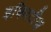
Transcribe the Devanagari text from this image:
इक्विटीज़